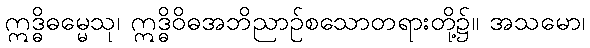
ဣဒ္ဓိဓမ္မေသု၊ ဣဒ္ဓိဝိဓအဘိညာဉ်စသောတရားတို့၌။ အသမော၊